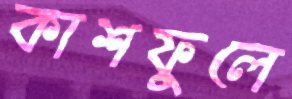
কাশফুলে